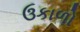
ઉકાળો